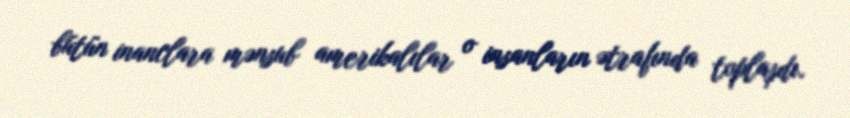
bütün inanclara mənsub amerikalılar o insanların ətrafında toplaşdı.